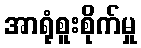
အာရုံစူးစိုက်မှု